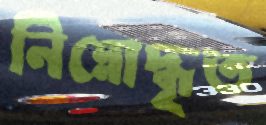
নিম্নোদ্ধৃত